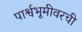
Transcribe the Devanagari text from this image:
पार्श्वभूमीवरची